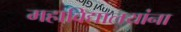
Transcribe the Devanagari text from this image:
महाविद्यालयांना